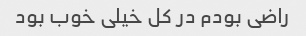
راضی بودم در کل خیلی خوب بود